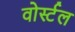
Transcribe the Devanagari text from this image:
वोर्स्टल